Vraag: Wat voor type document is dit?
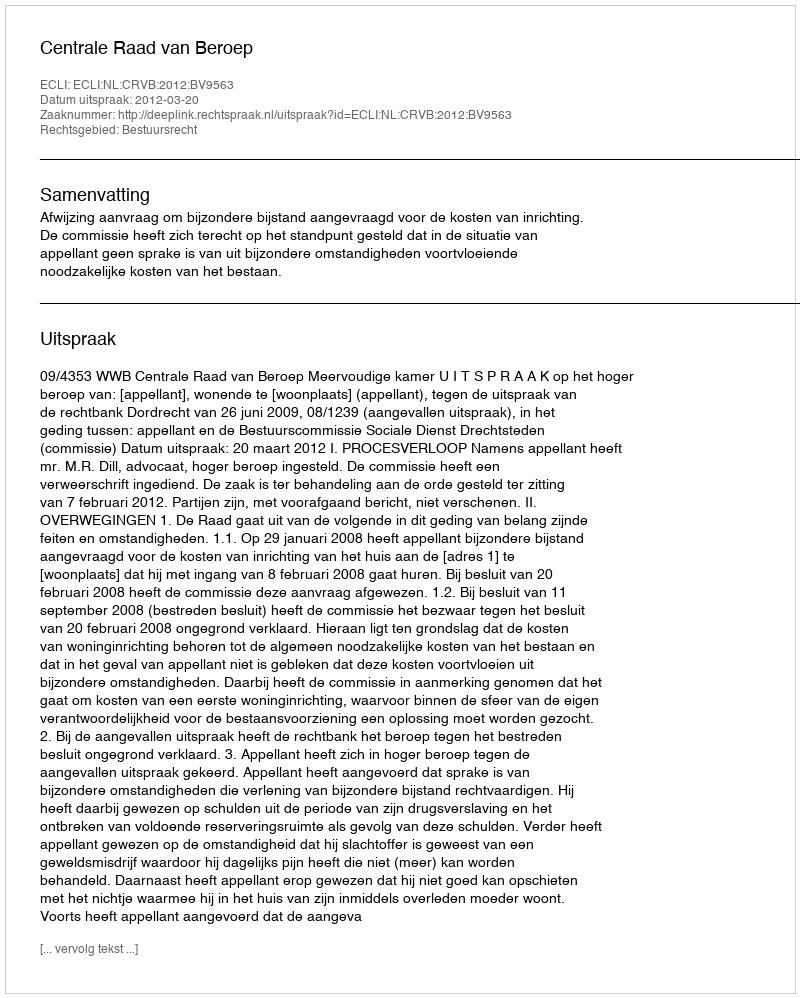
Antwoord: Uitspraak